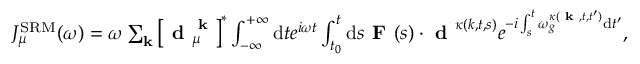
\begin{array} { r } { J _ { \mu } ^ { \mathrm { S R M } } ( \omega ) = \omega \sum _ { \mathbf { k } } \left[ \textbf { d } _ { \mu } ^ { \textbf { k } } \right] ^ { * } \int _ { - \infty } ^ { + \infty } \mathrm { d } t e ^ { i \omega t } \int _ { t _ { 0 } } ^ { t } \mathrm { d } s \textbf { F } ( s ) \cdot \textbf { d } ^ { \kappa ( k , t , s ) } e ^ { - i \int _ { s } ^ { t } \omega _ { g } ^ { \kappa ( \textbf { k } , t , t ^ { \prime } ) } \mathrm { d } t ^ { \prime } } , } \end{array}